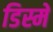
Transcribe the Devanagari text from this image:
डिस्मे